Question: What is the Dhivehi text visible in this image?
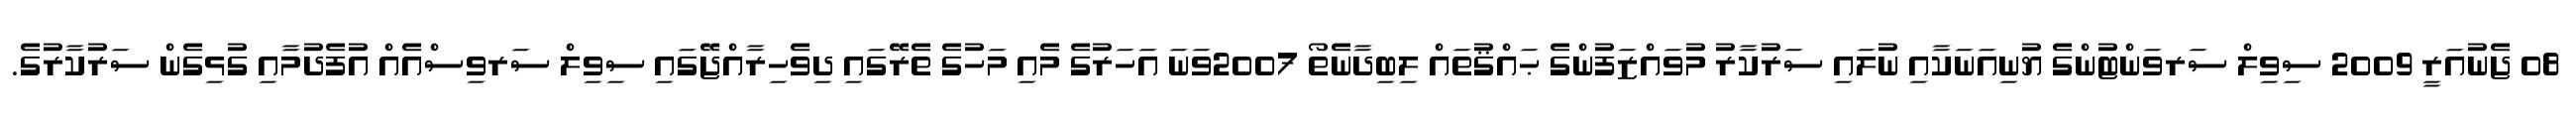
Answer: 08 ޖެނުއަރީ 2009 ސިވިލް ސަރވަންޓުންގެ ޔުނިއަނަކާއި ނުލައި ސަރުކާރު މުވައްޒަފުންގެ ޙައްޤުތައް ލިބިދާނެތޯ 2007ވަނަ އަހަރުގެ މެއި މަހުގެ ތެރޭގައި ދިވެހިރާއްޖޭގައި ސިވިލް ސަރވިސްއެއް އުފެދުމާއި ގުޅިގެން ސަރުކާރުގެ.